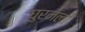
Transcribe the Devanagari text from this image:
घुरनली